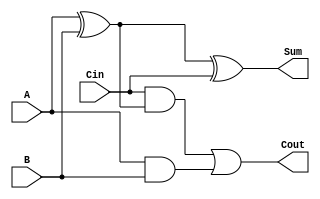
`ifndef __FULL_ADDER
`define __FULL_ADDER

module Full_ADDER (
    output Cout, Sum,
    input A, B, Cin
);
    assign Cout = (Cin & (A ^ B)) | (A & B);
    assign Sum  = A ^ B ^ Cin;
endmodule

`endif